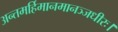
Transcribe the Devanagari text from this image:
अन्तमर्हिमानमानञ्जधीरः।